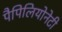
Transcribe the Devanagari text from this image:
पैपिलियोनेटी